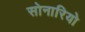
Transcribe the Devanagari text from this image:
सोनारियो